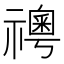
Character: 𥜊